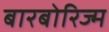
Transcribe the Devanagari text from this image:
बारबोरिज्म